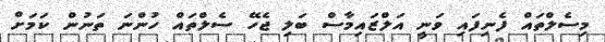
މިސެލްތައް ފެނިފައި ވަނީ އަލްޒައިމާސް ބަލި ޖެހޭ ސެލްތައް ހުންނަ ތަނުން ކަމަށް